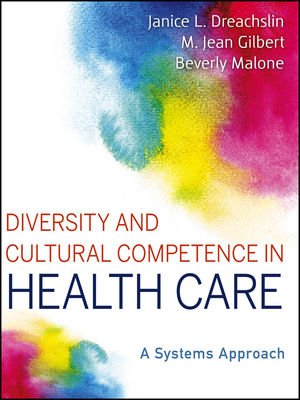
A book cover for Diversity and Cultural Competence in Health Care: A Systems Approach; Janice L. Dreachslin; Medical Books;